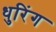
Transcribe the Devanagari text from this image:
धुरिंग